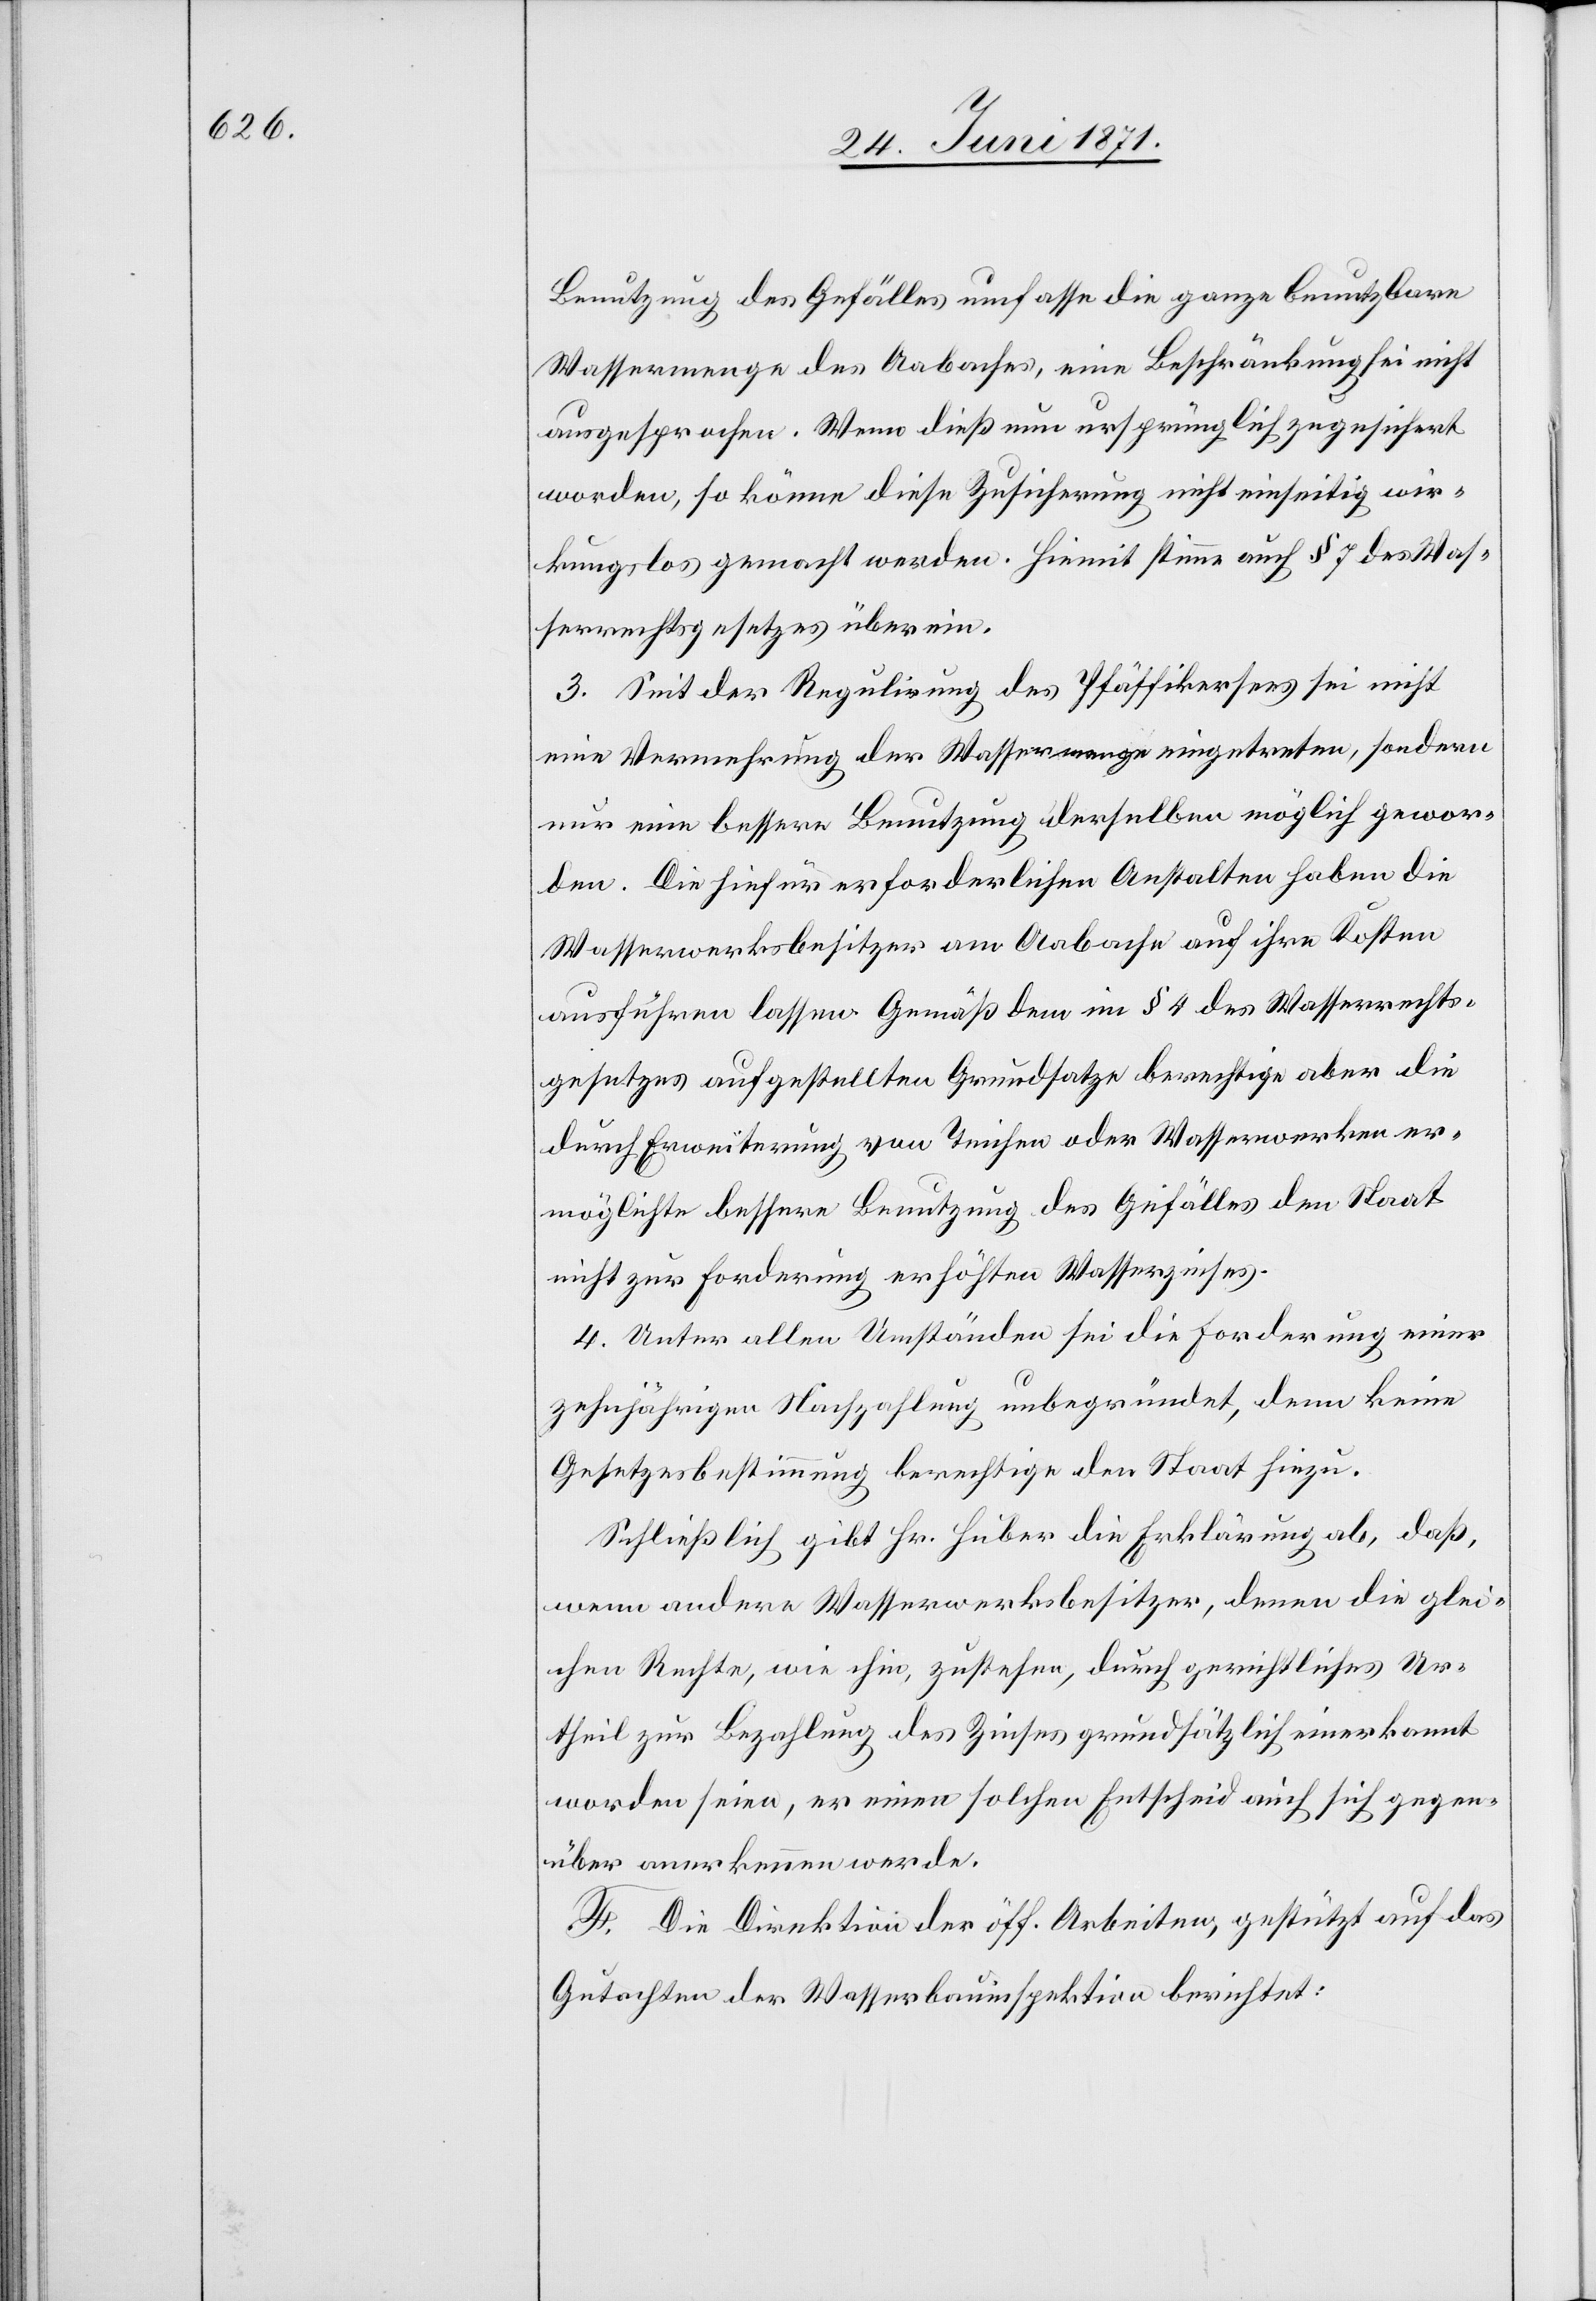
Benutzung des Gefälles umfasse die ganze benutzbare
Wassermenge des Aabaches, eine Beschränkung sei nicht
ausgesprochen. Wenn dieß nun ursprünglich zugesichert
worden, so könne diese Zusicherung nicht einseitig wir¬
kungslos gemacht werden. Hiemit stimme auch § 7 des Was¬
serrechtsgesetzes überein.
3. Seit der Regulirung des Pfäffikersees sei nicht
eine Vermehrung der Wassermenge eingetreten, sondern
nur eine bessere Benutzung derselben möglich gewor¬
den. Die hiefür erforderlichen Anstalten haben die
Wasserwerksbesitzer am Aabache auf ihre Kosten
ausführen lassen. Gemäß dem im § 4 des Wasserrechts¬
gesetzes aufgestellten Grundsatze berechtige aber die
durch Erweiterung von Teichen oder Wasserwerken er¬
möglichte bessere Benutzung des Gefälles den Staat
nicht zur Forderung erhöhten Wasserzinses.
4. Unter allen Umständen sei die Forderung einer
zehnjährigen Nachzahlung unbegründet, denn keine
Gesetzesbestimmung berechtige den Staat hiezu.
Schließlich gibt Hr. Huber die Erklärung ab, daß,
wenn andere Wasserwerksbesitzer, denen die glei¬
chen Rechte, wie ihm, zustehen, durch gerichtliches Ur¬
theil zur Bezahlung des Zinses grundsätzlich einerkannt
worden seien, er einen solchen Entscheid auch sich gegen¬
über anerkennen werde.
F. Die Direktion der öff. Arbeiten, gestützt auf das
Gutachten der Wasserbauinspektion berichtet: